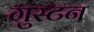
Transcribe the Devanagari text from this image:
गुस्टन